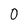
Character: O